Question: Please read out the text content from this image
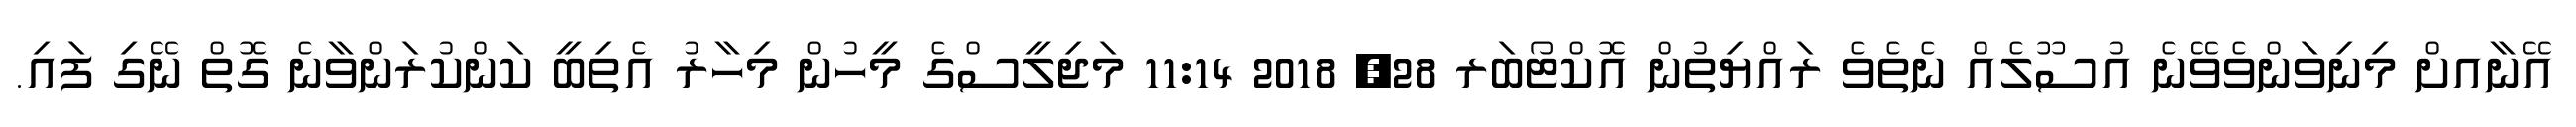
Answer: އޭނާއށް މިނިވަންވެވޭނެ އުސޫލެއް ނެތެވެ ރައްޔިތުން އޮކްޓޯބަރ 28, 2018 11:14 މަޖިލީސްގެ މީހުން މިހާރު އެތިބީ ކަންކުރަންވާނެ ގޮތް ނޭގި ފައި.